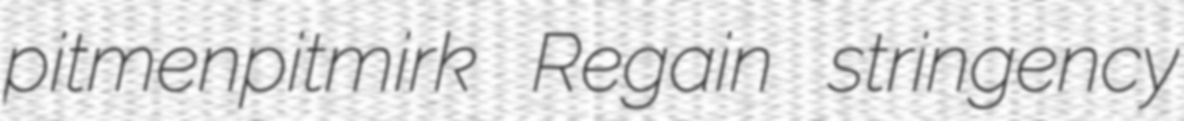
pitmenpitmirk Regain stringency